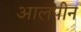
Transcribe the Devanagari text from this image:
आलपीन